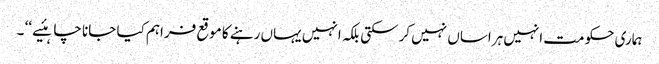
ہماری حکومت انہیں ہراساں نہیں کرسکتی بلکہ انہیں یہاں رہنے کا موقع فراہم کیا جانا چاہئیے ‘‘ ۔